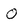
Character: O